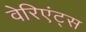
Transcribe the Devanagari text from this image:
वेरिएंट्स